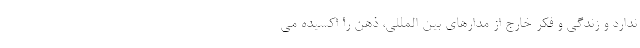
ندارد و زندگی و فکرِ خارج از مدارهای بین المللی، ذهن را اُکسیده می